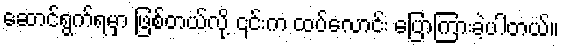
ဆောင်ရွက်ရမှာ ဖြစ်တယ်လို့ ၎င်းက ထပ်လောင်း ပြောကြားခဲ့ပါတယ်။